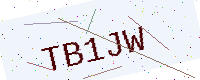
Text: TB1JW